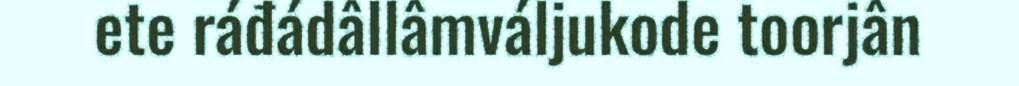
ete ráđádâllâmváljukode toorjân